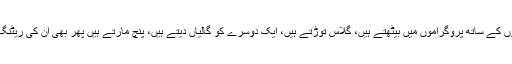
سیاست دان اینکروں کے ساتھ پروگراموں میں بیٹھتے ہیں، گلاس توڑتے ہیں، ایک دوسرے کو گالیاں دیتے ہیں، پنچ مارتے ہیں پھر بھی ان کی ریٹنگ بڑھتی جاتی ہے۔